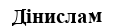
Дінислам